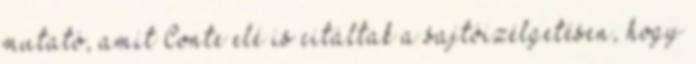
mutató, amit Conte elé is citáltak a sajtóizélgetésen, hogy